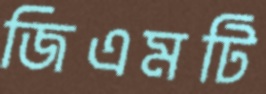
জিএমটি